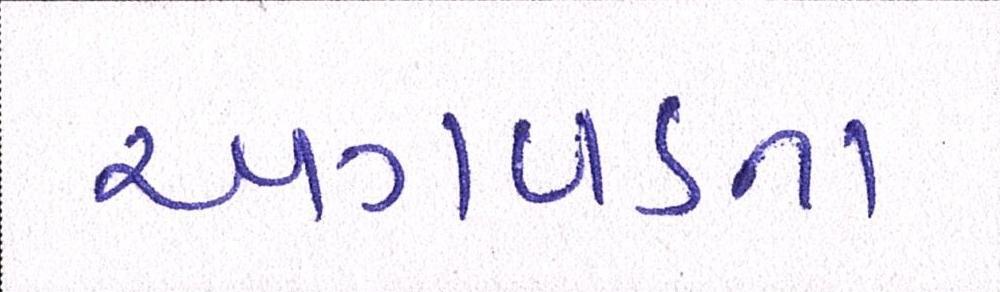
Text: અગવડતા